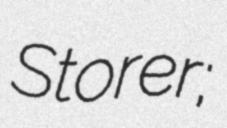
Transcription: Storer;